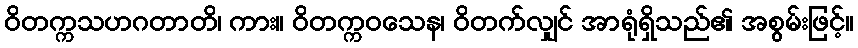
ဝိတက္ကသဟဂတာတိ၊ ကား။ ဝိတက္ကဝသေန၊ ဝိတက်လျှင် အာရုံရှိသည်၏ အစွမ်းဖြင့်။